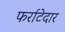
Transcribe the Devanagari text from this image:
फर्राटेदार